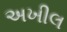
અખીલ